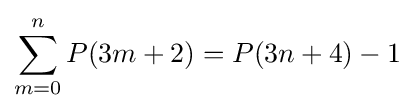
\sum _{m=0}^{n}P(3m+2)=P(3n+4)-1